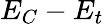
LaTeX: E_{C}-E_{t}